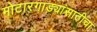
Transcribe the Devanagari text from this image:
मोटारगाड्यांसाठीचा